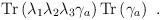
LaTeX: \begin{align*} {\rm Tr}\left(\lambda_1\lambda_2\lambda_3\gamma_a\right) {\rm Tr}\left(\gamma_a\right)~.\end{align*}